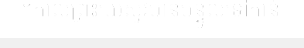
។កាលព្រះយេស៊ូវមានបន្ទូលទៅកាន់